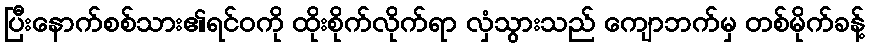
ပြီးနောက်စစ်သား၏ရင်ဝကို ထိုးစိုက်လိုက်ရာ လှံသွားသည် ကျောဘက်မှ တစ်မိုက်ခန့်